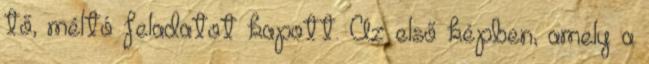
tő, méltó feladatot kapott. Az első képben, amely a